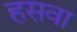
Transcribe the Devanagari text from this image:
हसवा